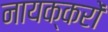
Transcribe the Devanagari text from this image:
नायक्करों